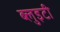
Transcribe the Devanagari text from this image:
ब्लुइटी